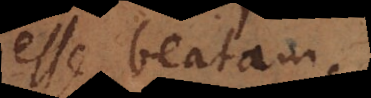
esse beatam.